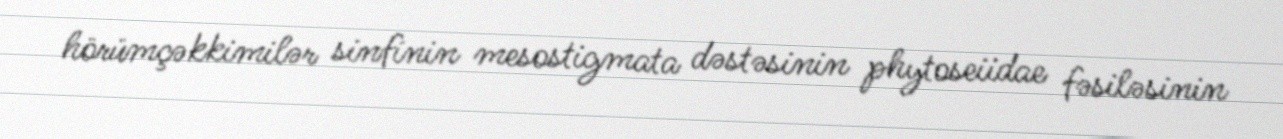
hörümçəkkimilər sinfinin mesostigmata dəstəsinin phytoseiidae fəsiləsinin